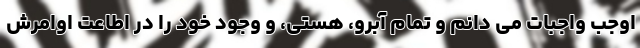
اوجب واجبات می دانم و تمام آبرو، هستی، و وجود خود را در اطاعت اوامرش